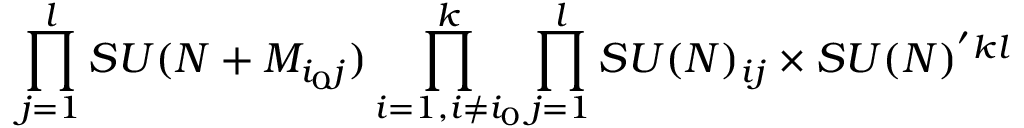
\prod _ { j = 1 } ^ { l } S U ( N + M _ { i _ { 0 } j } ) \prod _ { i = 1 , i \ne i _ { 0 } } ^ { k } \prod _ { j = 1 } ^ { l } S U ( N ) _ { i j } \times S U ( N ) ^ { ' k l }